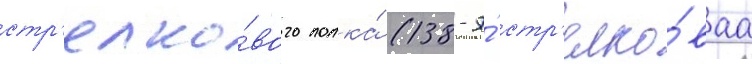
стр'елко́вого полка́ (138-я́ стр'елко́ваа